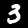
Digit: 3